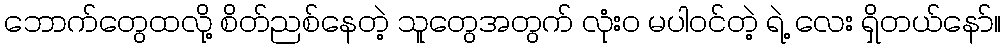
ဘောက်တွေထလို့ စိတ်ညစ်နေတဲ့ သူတွေအတွက် လုံး၀ မပါဝင်တဲ့ ရဲ့ လေး ရှိတယ်နော်။